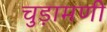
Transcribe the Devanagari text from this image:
चुड़ामणी